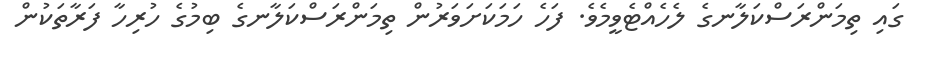
ގައި ތިމަންރަސްކަލާނގެ ލެހެއްޓެވީމެވެ. ފަހެ ހަމަކަށަވަރުން ތިމަންރަސްކަލާނގެ ބިމުގެ ހުރިހާ ފަރާތަކުން